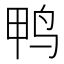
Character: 鸭